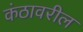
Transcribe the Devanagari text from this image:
कंठावरील